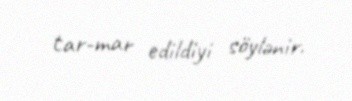
tar-mar edildiyi söylənir.